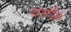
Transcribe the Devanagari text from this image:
वसीले